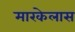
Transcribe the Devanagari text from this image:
मारकेलास